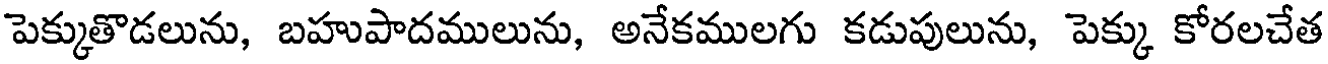
పెక్కుతొడలును, బహుపాదములును, అనేకములగు కడుపులును, పెక్కు కోరలచేత